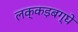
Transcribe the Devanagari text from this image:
लक्कड़बग्घे